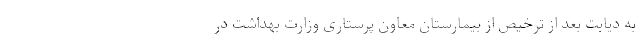
به دیابت بعد از ترخیص از بیمارستان معاون پرستاری وزارت بهداشت در